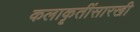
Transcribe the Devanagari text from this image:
कलाकॄतींसारखी